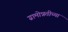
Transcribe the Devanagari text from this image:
ग्रामोन्नतीच्या